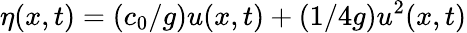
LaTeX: \eta(x,t)=(c_{0}/g)u(x,t)+(1/4g)u^{2}(x,t)